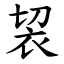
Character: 袃